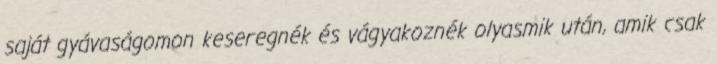
saját gyávaságomon keseregnék és vágyakoznék olyasmik után, amik csak